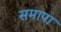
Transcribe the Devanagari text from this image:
समापा